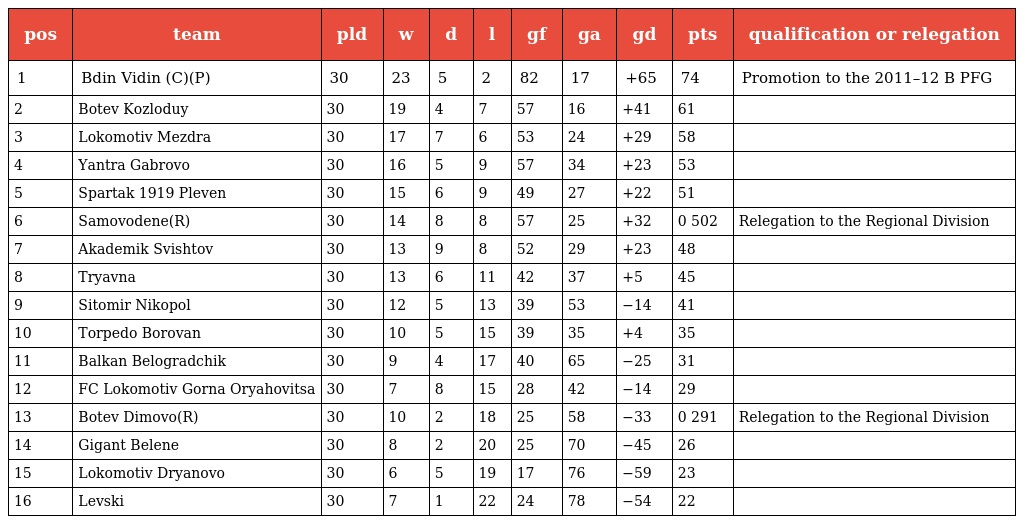
| pos | team | pld | w | d | l | gf | ga | gd | pts | qualification or relegation |
 | --- | --- | --- | --- | --- | --- | --- | --- | --- | --- | --- |
 | 1 | Bdin Vidin (C)(P) | 30 | 23 | 5 | 2 | 82 | 17 | +65 | 74 | Promotion to the 2011–12 B PFG |
 | 2 | Botev Kozloduy | 30 | 19 | 4 | 7 | 57 | 16 | +41 | 61 |  |
 | 3 | Lokomotiv Mezdra | 30 | 17 | 7 | 6 | 53 | 24 | +29 | 58 |  |
 | 4 | Yantra Gabrovo | 30 | 16 | 5 | 9 | 57 | 34 | +23 | 53 |  |
 | 5 | Spartak 1919 Pleven | 30 | 15 | 6 | 9 | 49 | 27 | +22 | 51 |  |
 | 6 | Samovodene(R) | 30 | 14 | 8 | 8 | 57 | 25 | +32 | 0 502 | Relegation to the Regional Division |
 | 7 | Akademik Svishtov | 30 | 13 | 9 | 8 | 52 | 29 | +23 | 48 |  |
 | 8 | Tryavna | 30 | 13 | 6 | 11 | 42 | 37 | +5 | 45 |  |
 | 9 | Sitomir Nikopol | 30 | 12 | 5 | 13 | 39 | 53 | −14 | 41 |  |
 | 10 | Torpedo Borovan | 30 | 10 | 5 | 15 | 39 | 35 | +4 | 35 |  |
 | 11 | Balkan Belogradchik | 30 | 9 | 4 | 17 | 40 | 65 | −25 | 31 |  |
 | 12 | FC Lokomotiv Gorna Oryahovitsa | 30 | 7 | 8 | 15 | 28 | 42 | −14 | 29 |  |
 | 13 | Botev Dimovo(R) | 30 | 10 | 2 | 18 | 25 | 58 | −33 | 0 291 | Relegation to the Regional Division |
 | 14 | Gigant Belene | 30 | 8 | 2 | 20 | 25 | 70 | −45 | 26 |  |
 | 15 | Lokomotiv Dryanovo | 30 | 6 | 5 | 19 | 17 | 76 | −59 | 23 |  |
 | 16 | Levski | 30 | 7 | 1 | 22 | 24 | 78 | −54 | 22 |  |